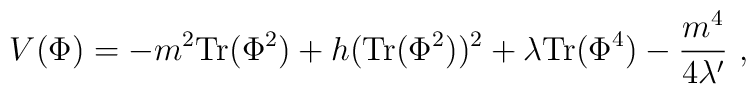
V(\Phi ) = -m^2 {\rm Tr}(\Phi^2) + h ({\rm Tr}(\Phi^2))^2 +              \lambda {\rm Tr}(\Phi^4) - {{m^4} \over {4\lambda '}} \ ,